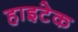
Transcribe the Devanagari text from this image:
हाइटेक